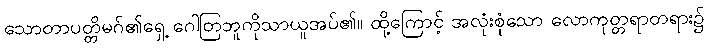
သောတာပတ္တိမဂ်၏ရှေ့ ဂေါတြဘူကိုသာယူအပ်၏။ ထို့ကြောင့် အလုံးစုံသော လောကုတ္တရာတရား၌